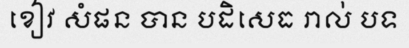
ខៀវ សំផន បាន បដិសេធ រាល់ បទ